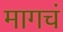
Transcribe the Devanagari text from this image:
मागचं